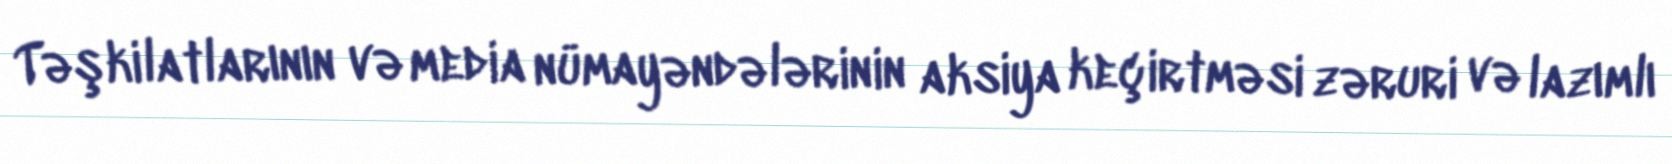
Təşkilatlarının və media nümayəndələrinin aksiya keçirtməsi zəruri və lazımlı